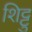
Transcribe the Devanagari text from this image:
शिट्टु